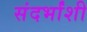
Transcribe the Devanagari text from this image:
संदर्भांंशी